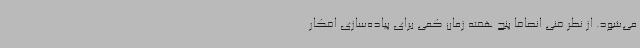
می‌شود. از نظر فنی انصافا پنج هفته زمان کمی برای پیاده‌سازی افکار